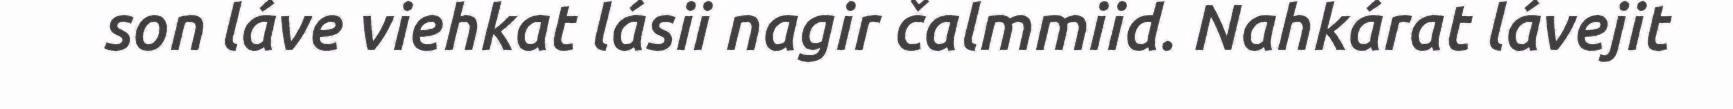
son láve viehkat lásii nagir čalmmiid. Nahkárat lávejit